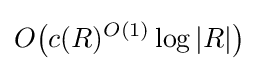
O{\big (}c(R)^{O(1)}\log |R|{\big )}